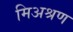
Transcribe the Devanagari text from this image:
मिअश्रण